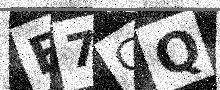
Text: E7GQ